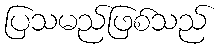
ပြသမည်ဖြစ်သည်